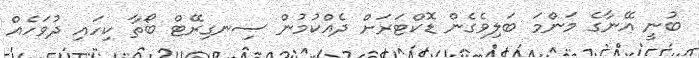
ބުނީ އޭނާގެ މަންމަ ބަަލިވެގެން ޑޮކްޓަރަށް ދެއްކުމުން ސިނގިރޭޓް ބޯތާ ކިހައި ދުވަހެއް